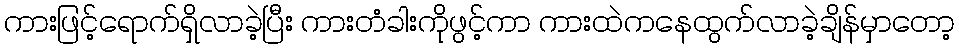
ကားဖြင့်ရောက်ရှိလာခဲ့ပြီး ကားတံခါးကိုဖွင့်ကာ ကားထဲကနေထွက်လာခဲ့ချိန်မှာတော့